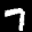
Label: 7